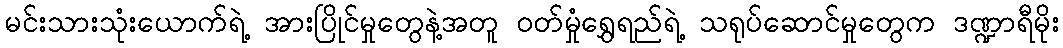
မင်းသားသုံးယောက်ရဲ့ အားပြိုင်မှုတွေနဲ့အတူ ဝတ်မှုံရွှေရည်ရဲ့ သရုပ်ဆောင်မှုတွေက ဒဏ္ဍာရီမိုး